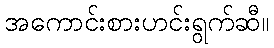
အကောင်းစားဟင်းရွက်ဆီ။